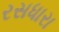
રસધારા